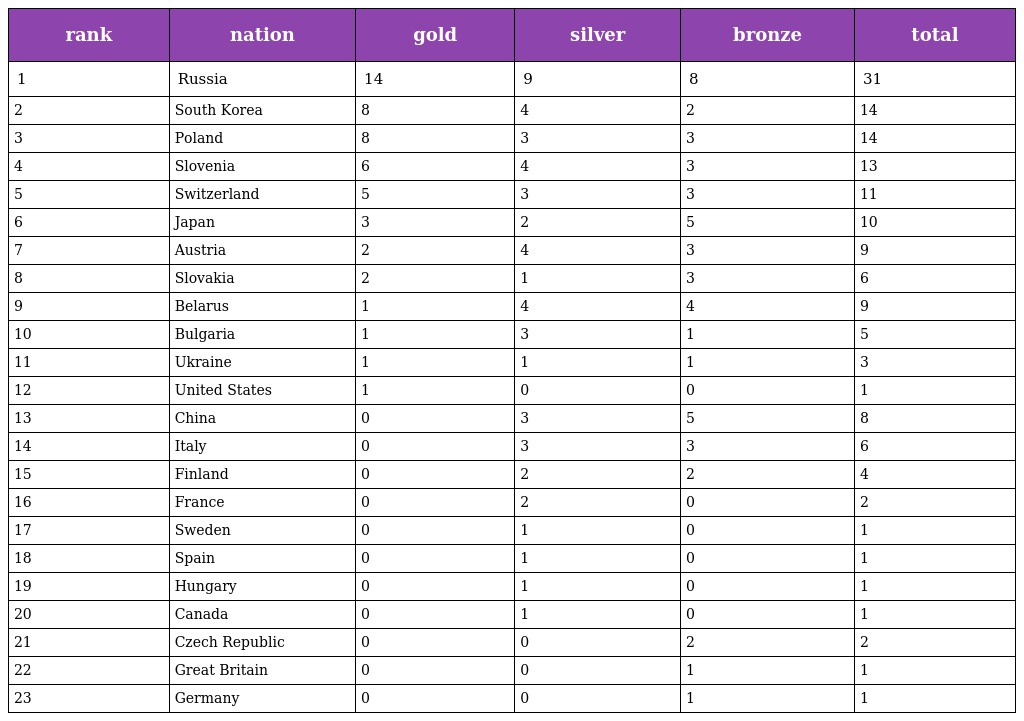
| rank | nation | gold | silver | bronze | total |
 | --- | --- | --- | --- | --- | --- |
 | 1 | Russia | 14 | 9 | 8 | 31 |
 | 2 | South Korea | 8 | 4 | 2 | 14 |
 | 3 | Poland | 8 | 3 | 3 | 14 |
 | 4 | Slovenia | 6 | 4 | 3 | 13 |
 | 5 | Switzerland | 5 | 3 | 3 | 11 |
 | 6 | Japan | 3 | 2 | 5 | 10 |
 | 7 | Austria | 2 | 4 | 3 | 9 |
 | 8 | Slovakia | 2 | 1 | 3 | 6 |
 | 9 | Belarus | 1 | 4 | 4 | 9 |
 | 10 | Bulgaria | 1 | 3 | 1 | 5 |
 | 11 | Ukraine | 1 | 1 | 1 | 3 |
 | 12 | United States | 1 | 0 | 0 | 1 |
 | 13 | China | 0 | 3 | 5 | 8 |
 | 14 | Italy | 0 | 3 | 3 | 6 |
 | 15 | Finland | 0 | 2 | 2 | 4 |
 | 16 | France | 0 | 2 | 0 | 2 |
 | 17 | Sweden | 0 | 1 | 0 | 1 |
 | 18 | Spain | 0 | 1 | 0 | 1 |
 | 19 | Hungary | 0 | 1 | 0 | 1 |
 | 20 | Canada | 0 | 1 | 0 | 1 |
 | 21 | Czech Republic | 0 | 0 | 2 | 2 |
 | 22 | Great Britain | 0 | 0 | 1 | 1 |
 | 23 | Germany | 0 | 0 | 1 | 1 |